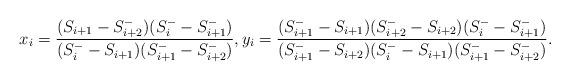
LaTeX: \begin{align*} x_i=\frac{(S_{i+1}-S^{-}_{i+2})(S^{-}_i-S^{-}_{i+1})}{(S^{-}_i-S_{i+1})(S^{-}_{i+1}-S^{-}_{i+2})}, y_i=\frac{(S^{-}_{i+1}-S_{i+1})(S^{-}_{i+2}-S_{i+2})(S^{-}_i-S^{-}_{i+1})}{(S^{-}_{i+1}-S_{i+2})(S^{-}_i-S_{i+1})(S^{-}_{i+1}-S^{-}_{i+2})}.\end{align*}